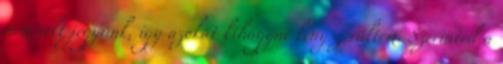
nem volt jegyünk, így azokat kihagyni kényszerültem. Szerinted a